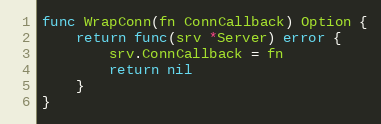
Language: Go
func WrapConn(fn ConnCallback) Option {
	return func(srv *Server) error {
		srv.ConnCallback = fn
		return nil
	}
}